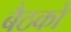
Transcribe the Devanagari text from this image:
बैठको